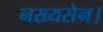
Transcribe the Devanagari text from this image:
नख्यसेन।